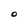
Character: O